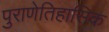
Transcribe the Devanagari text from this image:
पुराणेतिहासिक